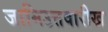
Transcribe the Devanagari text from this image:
जामिउत्तवारीख